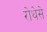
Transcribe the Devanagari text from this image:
रोथेसे